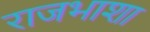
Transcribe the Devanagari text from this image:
राजभाशा